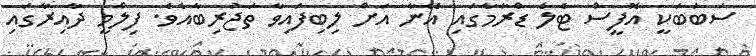
ސަބަބަކީ އޮފީސް ޓެލެ ޑްރާމާގައި އޭނާ އަށް ލިބިފައިވާ ތަޖުރިބާއެވެ. ފިލްމީ ދާއިރާގައި